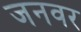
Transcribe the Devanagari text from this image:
जनवर